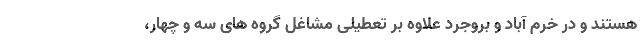
هستند و در خرم آباد و بروجرد علاوه بر تعطیلی مشاغل گروه های سه و چهار،